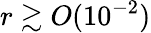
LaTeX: r\gtrsim O(10^{-2})